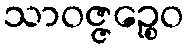
သာဝဇ္ဇဉ္စေဝ